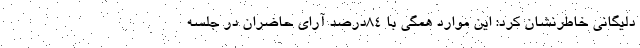
دلیگانی خاطرنشان کرد: این موارد همگی با 84درصد آرای حاضران در جلسه